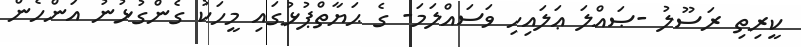
ކީރިތި ރަސޫލު -ޞައްލަ ޢަލައިހި ވަސައްލަމަ- ގެ ޙަޔާތްޕުޅުގައި މީހަކު ގެންގުޅުނު އަންހެން